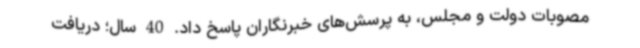
مصوبات دولت و مجلس، به پرسش‌های خبرنگاران پاسخ داد. 40 سال؛ دریافت